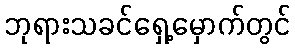
ဘုရားသခင်ရှေ့မှောက်တွင်